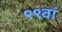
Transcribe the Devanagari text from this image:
९९वां